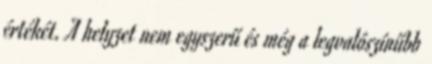
értékét. A helyzet nem egyszerű és még a legvalószínűbb